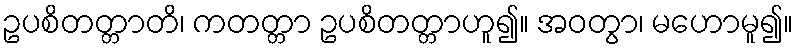
ဥပစိတတ္တာတိ၊ ကတတ္တာ ဥပစိတတ္တာဟူ၍။ အဝတွာ၊ မဟောမူ၍။